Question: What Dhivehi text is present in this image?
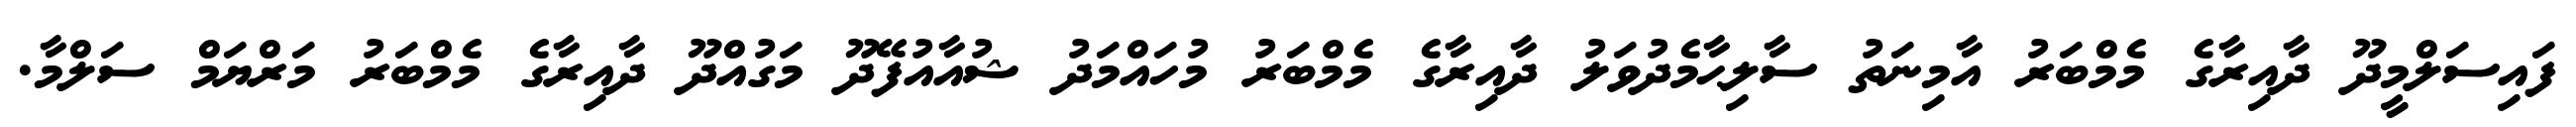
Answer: ފައިސަލްމީދޫ ދާއިރާގެ މެމްބަރު އާމިނަތު ސާލިޙާމެދުވަލު ދާއިރާގެ މެމްބަރު މުހައްމަދު ޝުއާއުފޭދޫ މަގުއްދޫ ދާއިރާގެ މެމްބަރު މަރްޔަމް ސަލްމާ.